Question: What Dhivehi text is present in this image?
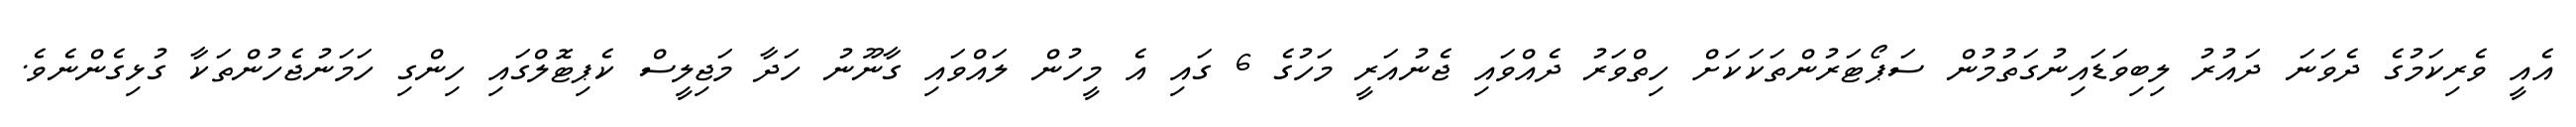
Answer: އެއީ ވެރިކަމުގެ ދެވަނަ ދައުރު ލިބިވަޑައިނުގަތުމުން ސަޕޯޓަރުންތަކަކަށް ހިތްވަރު ދެއްވައި ޖެނުއަރީ މަހުގެ 6 ގައި އެ މީހުން ލައްވައި ގާނޫނު ހަދާ މަޖިލީސް ކެޕިޓޮލްގައި ހިންގި ހަމަނުޖެހުންތަކާ ގުޅިގެންނެވެ.